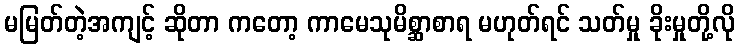
မမြတ်တဲ့အကျင့် ဆိုတာ ကတော့ ကာမေသုမိစ္ဆာစာရ မဟုတ်ရင် သတ်မှု ခိုးမှုတို့လို